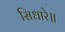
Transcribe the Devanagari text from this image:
सिधारे॥